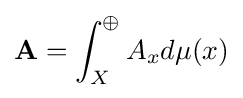
\mathbf {A} =\int _{X}^{\oplus }A_{x}d\mu (x)